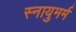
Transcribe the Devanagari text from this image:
स्नायुमर्म